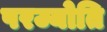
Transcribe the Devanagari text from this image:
परज्योति